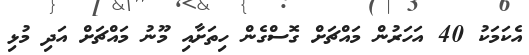
އެކަމަކު 40 އަހަރުން މައްޗަށް ގޮސްގެން ހިތަށާއި މޫނު މައްޗަށް އަދި މުޅި